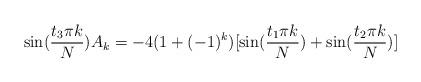
LaTeX: \begin{align*}\sin(\frac{t_3\pi k}N )A_k= -4(1+(-1)^k )[\sin(\frac{t_1\pi k}N) +\sin(\frac{t_2\pi k}N )]\end{align*}